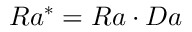
R a ^ { * } = R a \cdot D a